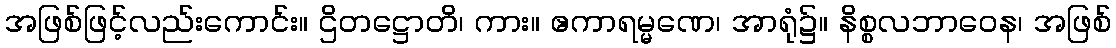
အဖြစ်ဖြင့်လည်းကောင်း။ ဌိတဋ္ဌောတိ၊ ကား။ ဧကာရမ္မဏေ၊ အာရုံ၌။ နိစ္စလဘာဝေန၊ အဖြစ်